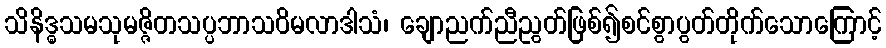
သိနိဒ္ဓသမသုမဇ္ဇိတသပ္ပဘာသဝိမလာဒါသံ၊ ချောညက်ညီညွတ်ဖြစ်၍စင်စွာပွတ်တိုက်သောကြောင့်